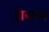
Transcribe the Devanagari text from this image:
होक्का